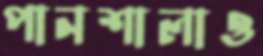
পানশালাও